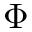
\Phi